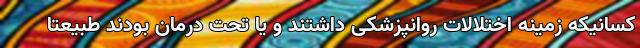
کسانیکه زمینه اختلالات روانپزشکی داشتند و یا تحت درمان بودند طبیعتا